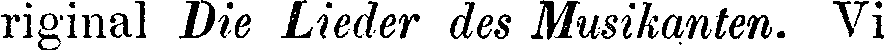
riginal Die Lieder des Musikanten. Vi